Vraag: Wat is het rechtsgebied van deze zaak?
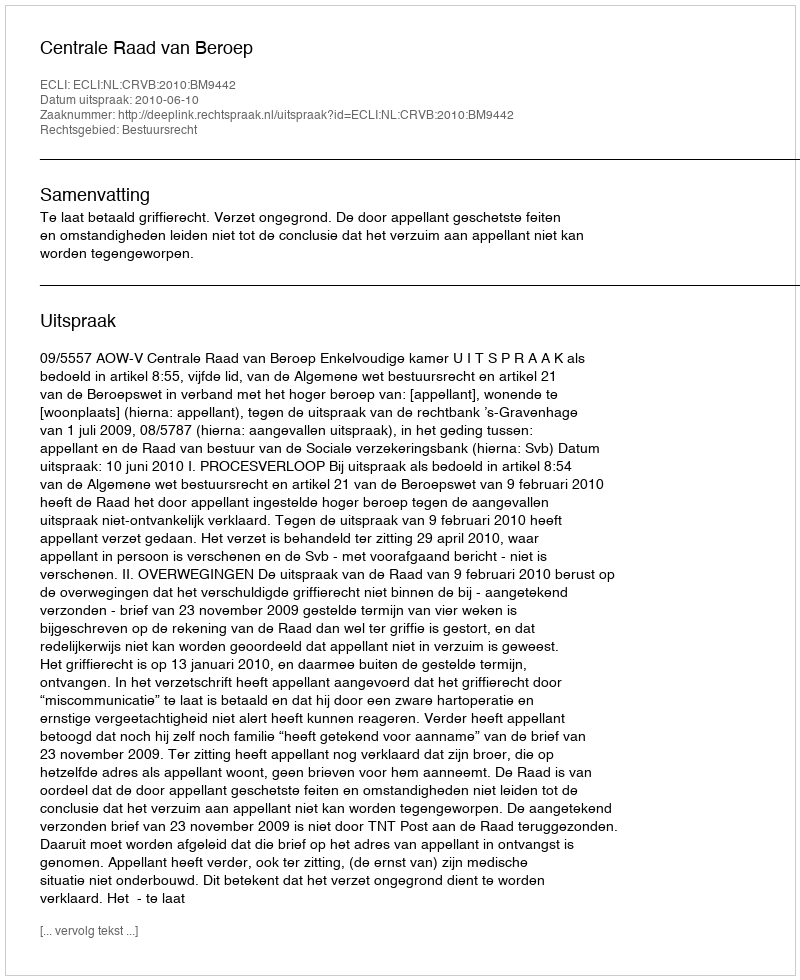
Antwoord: Bestuursrecht